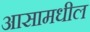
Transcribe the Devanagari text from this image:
आसामधील